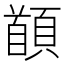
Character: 䭭